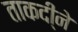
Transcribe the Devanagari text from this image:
ताकदी्ने